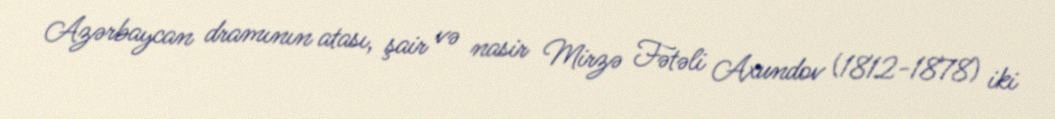
Azərbaycan dramının atası, şair və nasir Mirzə Fətəli Axundov (1812-1878) iki